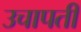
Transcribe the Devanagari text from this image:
उचापती